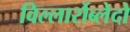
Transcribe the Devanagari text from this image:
विल्लार्रोब्लेदो